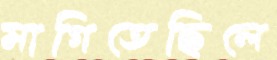
মাগিতেছিলে